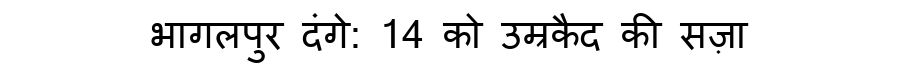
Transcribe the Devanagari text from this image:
भागलपुर दंगे: 14 को उम्रकैद की सज़ा